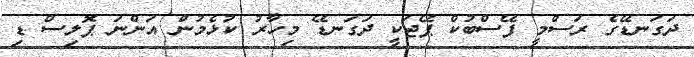
ދަގަނޑޭގެ ރަސްމީ ފޭސްބުކް ޕޭޖަކީ ދަގަނޑޭ މިހާރު ކުޅެމުން އަންނަ ޕޮލިސް ޑި